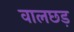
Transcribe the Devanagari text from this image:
वालछड़